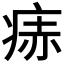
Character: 𬏭